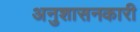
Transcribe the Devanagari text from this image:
अनुशासनकारी